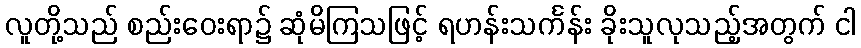
လူတို့သည် စည်းဝေးရာ၌ ဆုံမိကြသဖြင့် ရဟန်းသင်္ကန်း ခိုးသူလုသည့်အတွက် ငါ